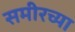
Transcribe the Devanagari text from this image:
समीरच्या